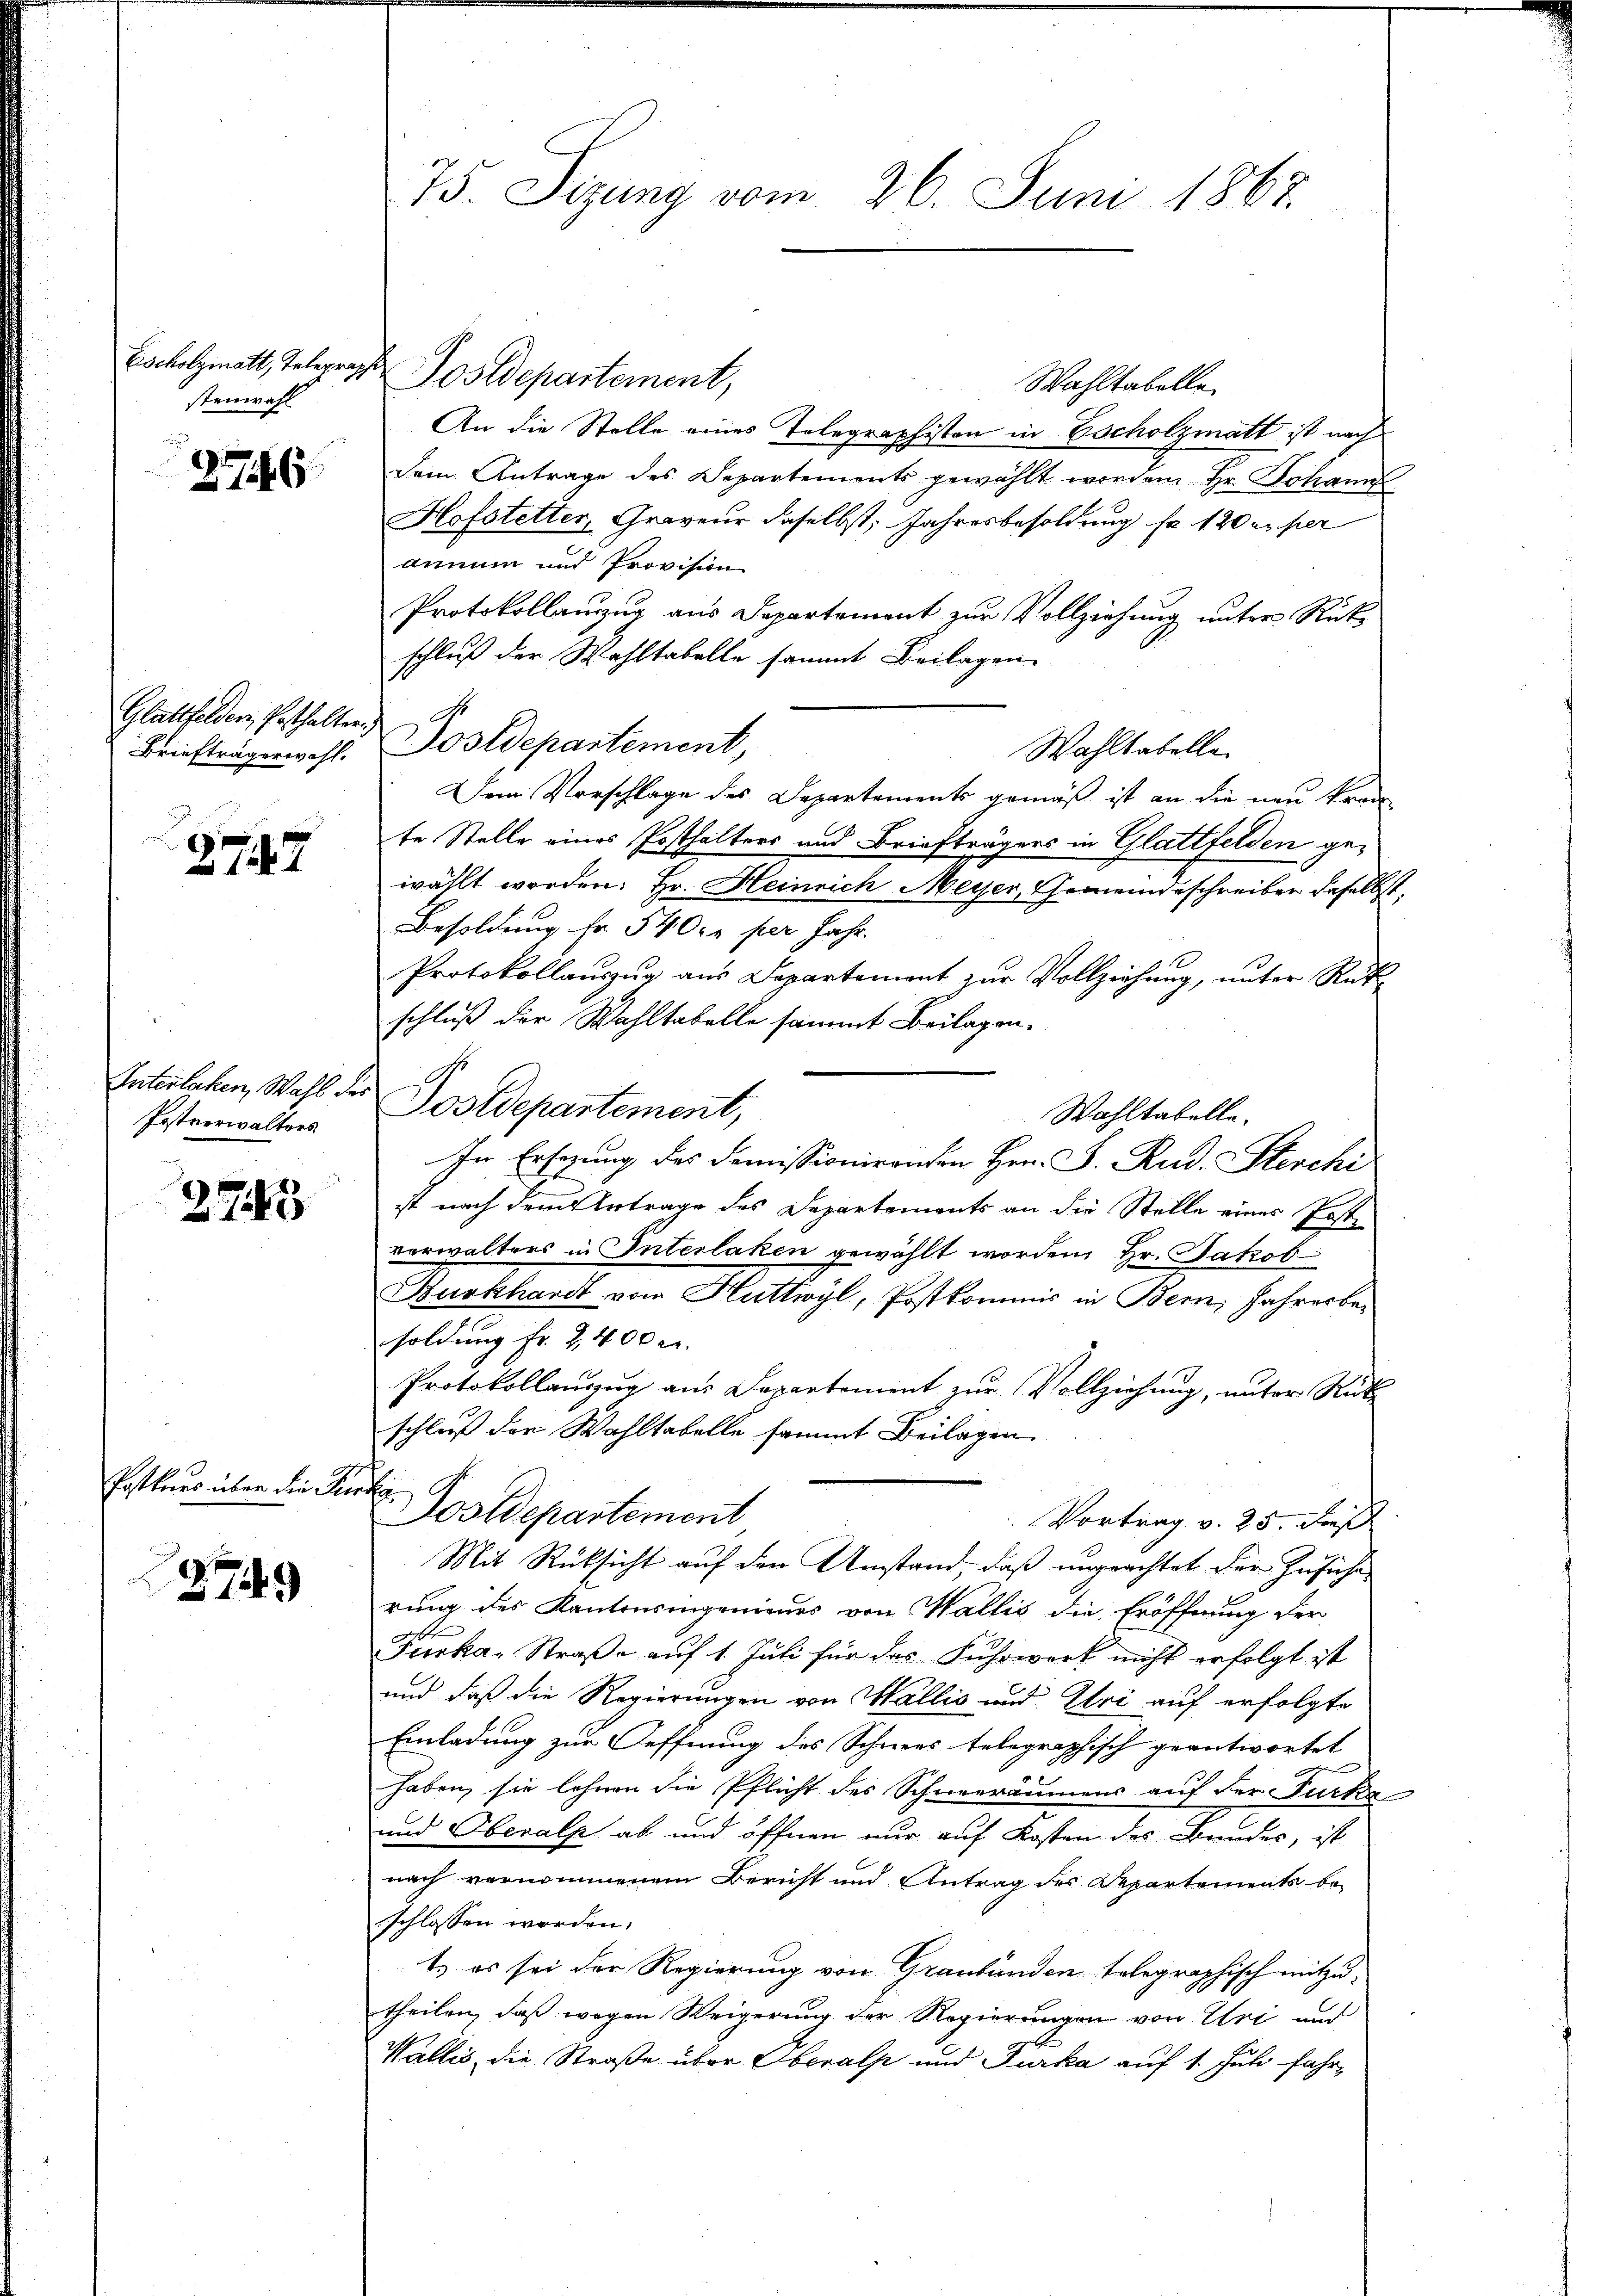
stenwahl

2776.

Glattfelden, Pesthalter

2747

Postverwalters

273

Posthaus über die Perti¬

279

75. Sizung vom 26. Juni 1868

Escholzmatt, Telegraph Postdepartement,
Wahltabelle.
An die Stelle eines Telegraphiston in Escholzmatt ist nach
dem Antrage des Departements gewählt worden Hr. Johann
Hofstetter, Graveur daselbst, Jahresbesoldung fr. 120 cuper
annum und Provision
Protokollanzug aus Departement zur Vollziehung unter Rück
schluß der Wahltabelle sammt Beilagen
Wahltabelle
Dem Vorschlage des Departements gemäß ist an die neu kran
te Stelle eines Posthalters und Briefträgers in Glattfelden gewählt worden. Hr. Heinrich Meyer, Gemeindeschreiben daselbst,
Besoldung fr. 540 kr per Jahr.
Protokollauszug aus Departement zur Vollziehung, unter Rükschluß der Wahltabelle sammt Beilagen.
Interlahen, Wahl der Postdepartement,
Wahltabelle.
In Ersezung des Demissionirenten Hrn. F. Rud. Sterchi
ist nach dem Antrage des Departements an die Stelle eines Postverwalters in Interlaken gewählt worden, Hr. Jakob
Burkhant von Huttwyl, Postkommis in Bern, Jahrerbe
soldung fr. 2,400 l.
Protokollanzŭg aŭs Departement zŭr Vollziehŭng, unter Rück
schluß der Wahltabelle sammt Beilagen.
Postdepartement
Vortrag v. 25 dieß
Mit Rücksicht auf den Umstand, daß ungeachtet der Zusiche
rung des Kantonsingenieurs von Wallis die Eröffnung der
Fiska-Straße auf 1. Juli für das Fuhrwerk nicht erfolgt ist
und daß die Regierungen von Wallis und Uri auf erfolgte
Einladung zur Oeffnung des Schnees telegraphisch geantwortet

haben, sie lehnen die Pflicht des Schneeraumens auf der Furka
und Oberalp ab und öffnen nur auf Kosten des Bunder, ist
nach vernommenem Bericht und Antrag des Departements be-
schlossen worden.
t. es sei der Regierung von Graubünden telegraphisch mitzutheilen, daß wegen Weigerung der Regierungen von Uri und
Wallis, die Straße über Oberalp und Furka auf 1. Juli fahr¬

Briefträgerwohl. Postdepartement,